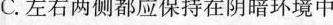
C.左右两侧都应保持在阴暗环境中